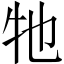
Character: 牠